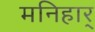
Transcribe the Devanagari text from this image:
मनिहार्